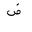
Letter: _dad